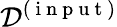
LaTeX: \mathcal{D}^{(\mathrm{~i~n~p~u~t~})}